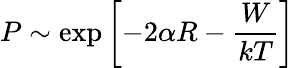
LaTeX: P\sim\exp\left[-2\alpha R-{\frac{W}{kT}}\right]